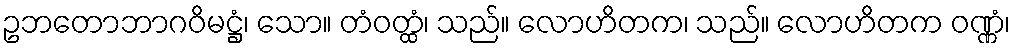
ဥဘတောဘာဂဝိမဋ္ဌံ၊ သော။ တံဝတ္ထံ၊ သည်။ လောဟိတက၊ သည်။ လောဟိတက ဝဏ္ဏံ၊